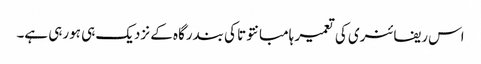
اس ریفائنری کی تعمیر ہامبانتوتا کی بندرگاہ کے نزدیک ہی ہورہی ہے۔